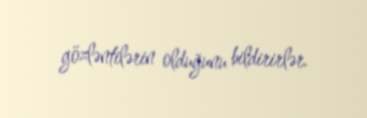
gözləntilərin olduğunu bildirirlər.